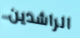
الراشدين